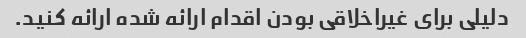
دلیلی برای غیراخلاقی بودن اقدام ارائه شده ارائه کنید.